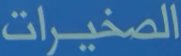
الصخيرات